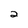
Character: 2